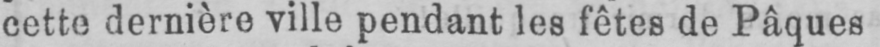
cette dernière ville pendant les fêtes de Pâques